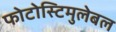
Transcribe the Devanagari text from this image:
फोटोस्टिमुलेबल